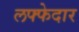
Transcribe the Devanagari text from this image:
लफ्फेदार